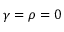
\gamma = \rho = 0